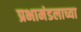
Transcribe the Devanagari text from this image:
प्रभामंडलाच्या